Account of plague administration in the Bombay Presidency from September 1896 till May 1897
Year: 1896
Disease focus: Plague
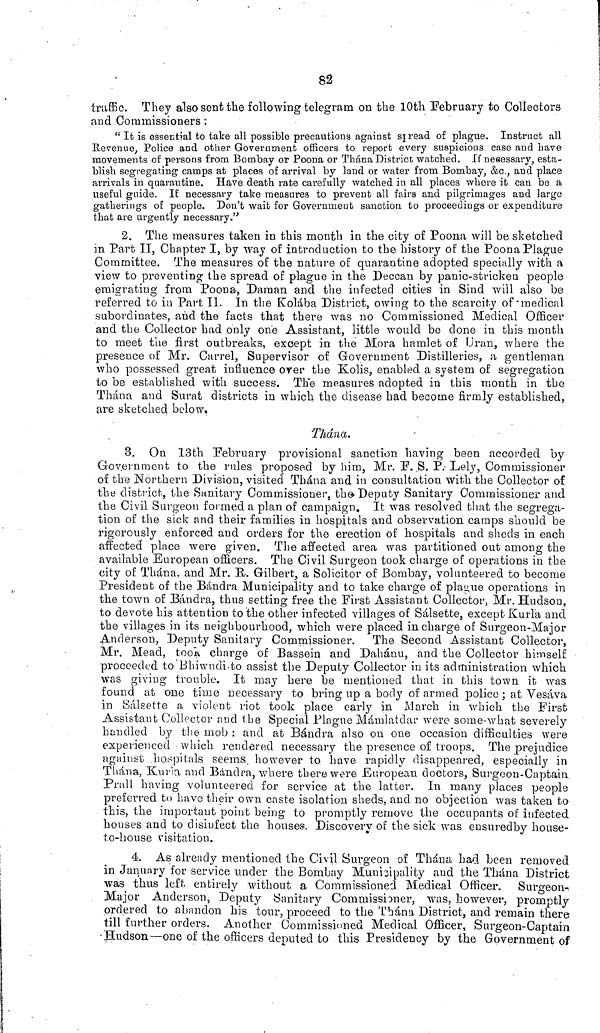
82
traffic. They also sent the following telegram on the 10th February to Collectors
and Commissioners :
" It is essential to take all possible precautions against spread of plague. Instruct all
Revenue, Police and other Government officers to report every suspicious case and bave
movements of persons from Bombay or Poona or Thána District watched. If necessary, esta-
blish segregating camps at places of arrival by land or water from Bombay, &c., and place
arrivals in quarantine. Have death rate carefully watched in all places where it can be a
useful guide. If necessary take measures to prevent all fairs and pilgrimages and largo
gatherings of people. Don't wait for Government sanction to proceedings or expenditure
that are urgently necessary."
2. The measures taken in this month in the city of Poona will be sketched
in Part II, Chapter I, by way of introduction to the history of the Poona Plague
Committee. The measures of the nature of quarantine adopted specially with a
view to preventing the spread of plague in the Deccan by panic-stricken people
emigrating from Poona, Daman and the infected cities in Sind will also be
referred to in Part II. In the Kolába District, owing to the scarcity of medical
subordinates, and the facts that there was no Commissioned Medical Officer
and the Collector had only one Assistant, little would be clone in this month
to meet the first outbreaks, except in the Mora hamlet of Uran, where the
presence of Mr. Carrel, Supervisor of Government Distilleries, a gentleman
who possessed great influence over the Kolis, enabled a system of segregation
to be established with success. The measures adopted in this month in the
Thána and Surat districts in which the disease had become firmly established,
are sketched below,
Thána.
8. On 13th February provisional sanction having been accorded by
Government to the rules proposed by him, Mr. F. S. P. Lely, Commissioner
of the Northern Division, visited Thána and in consultation with the Collector of
the district, the Sanitary Commissioner, the Deputy Sanitary Commissioner and
the Civil Surgeon formed a plan of campaign. It was resolved that the segrega-
tion of the sick and their families in hospitals and observation camps should be
rigorously enforced and orders for the erection of hospitals and sheds in each
affected place were given. The affected area was partitioned out among the
available European officers. The Civil Surgeon took charge of operations in the
city of Thána, and Mr. R. Gilbert, a Solicitor of Bombay, volunteered to become
President of the Bándra Municipality and to take charge of plague operations in
the town of Bándra, thus setting free the First Assistant Collector, Mr. Hudson,
to devote his attention to the other infected villages of Sálsette, except Kurla and
the villages in its neighbourhood, which were placed in charge of Surgeon-Major
Anderson, Deputy Sanitary Commissioner. The Second Assistant Collector,
Mr. Mead, took charge of Bassein and Dahánu, and the Collector himself
proceeded to Bhiwndi to assist the Deputy Collector in its administration which
was giving trouble. It may here be mentioned that in this town it was
found at one time necessary to bring up a body of armed police ; at Vesáva
in Sálsette a violent riot took place early in March in which the First
Assistant Collector and the Special Plague Mámlatdar were some-what severely
handled by the mob : and at Bándra also on one occasion difficulties were
experienced which rendered necessary the presence of troops. The prejudice
against hospitals seems however to have rapidly disappeared, especially in
Thána, Kurla- and Bándra, where there were European doctors, Surgeon-Captain
Prall having volunteered for service at the latter. In many places people
preferred to have their own caste isolation sheds, and no objection was taken to
this, the important point being to promptly remove the occupants of infected
houses and to disinfect the houses. Discovery of the sick was ensured by house-
to-house visitation.
4. As already mentioned the Civil Surgeon of Thána Lac! been removed
in January for service under the Bombay Municipality and the Thána District
was thus left entirely without a Commissioned Medical Officer. Surgeon-
Major Anderson, Deputy Sanitary Commissioner, was, however, promptly
ordered to abandon his tour, proceed to the Thána District, and remain there
till further orders. Another Commissioned Medical Officer, Surgeon-Captain
Hudson—one of the officers deputed to this Presidency by the Government of